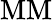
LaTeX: \mathrm{MM}